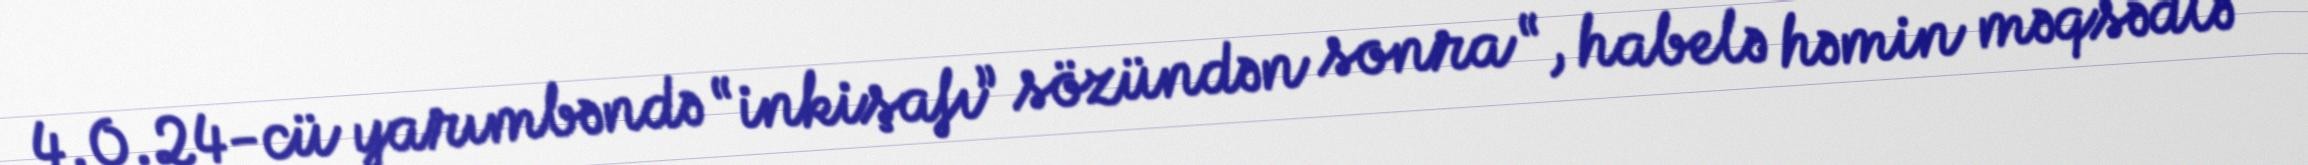
4.0.24-cü yarımbəndə “inkişafı” sözündən sonra “, habelə həmin məqsədlə